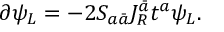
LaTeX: \partial \psi _ { L } = - 2 S _ { a \bar { a } } J _ { R } ^ { \bar { a } } t ^ { a } \psi _ { L } .